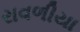
રાવળીયા